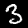
Label: 3